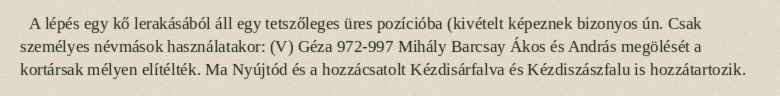
A lépés egy kő lerakásából áll egy tetszőleges üres pozícióba (kivételt képeznek bizonyos ún. Csak személyes névmások használatakor: (V) Géza 972-997 Mihály Barcsay Ákos és András megölését a kortársak mélyen elítélték. Ma Nyújtód és a hozzácsatolt Kézdisárfalva és Kézdiszászfalu is hozzátartozik.